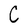
Character: C